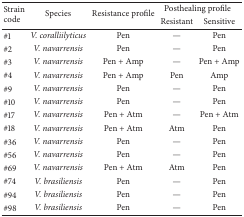
| <ROWSPAN=2> Strain code | <ROWSPAN=2> Species | <ROWSPAN=2> Resistance profile | <COLSPAN=2> Posthealing profile |
 | Resistant | Sensitive |
 | --- | --- | --- | --- | --- |
 | #1 | V. coralliilyticus | Pen | — | Pen |
 | #2 | V. navarrensis | Pen | — | Pen |
 | #3 | V. navarrensis | Pen + Amp | — | Pen + Amp |
 | #4 | V. navarrensis | Pen + Amp | Pen | Amp |
 | #9 | V. navarrensis | Pen | — | Pen |
 | #10 | V. navarrensis | Pen | — | Pen |
 | #17 | V. navarrensis | Pen + Atm | — | Pen + Atm |
 | #18 | V. navarrensis | Pen + Atm | Atm | Pen |
 | #36 | V. navarrensis | Pen | — | Pen |
 | #56 | V. navarrensis | Pen | — | Pen |
 | #69 | V. navarrensis | Pen + Atm | Atm | Pen |
 | #74 | V. brasiliensis | Pen | — | Pen |
 | #94 | V. brasiliensis | Pen | — | Pen |
 | #98 | V. brasiliensis | Pen | — | Pen |